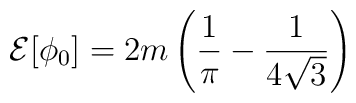
{\cal E}[\phi_0] = 2m \left(\frac{1}{\pi} - \frac{1}{4 \sqrt{3}}\right)